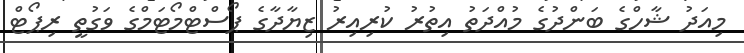
މިއަދު ޝާހްގެ ބަންދުގެ މުއްދަތު އިތުރު ކުރިއިރު ޒިޔާދާގެ ޕޯސްޓްމޯޓަމްގެ ވަގުތީ ރިޕޯޓް